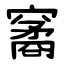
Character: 䆷